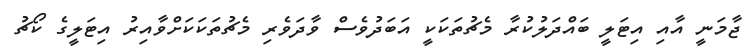
ޖާމަނީ އާއި އިޓަލީ ބައްދަލުކުރާ މެޗުތަކަކީ އަބަދުވެސް ވާދަވެރި މެޗުތަކަކަށްވާއިރު އިޓަލީގެ ކޯޗު